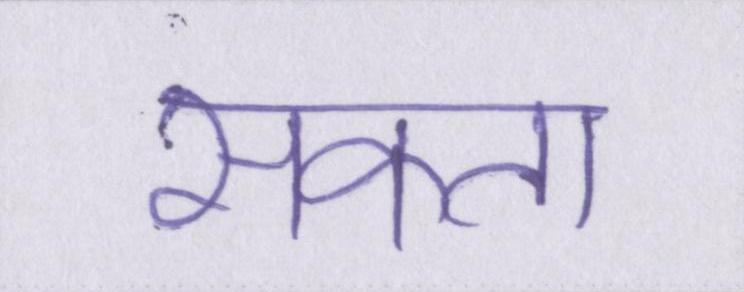
सकता